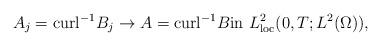
LaTeX: \begin{align*}A_j=\textrm{curl}^{-1}B_j\to A=\textrm{curl}^{-1}B\textrm{in}\ L^{2}_{\textrm{loc}}(0,T; L^{2}(\Omega)), \end{align*}